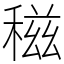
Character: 稵